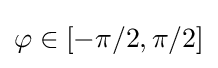
\varphi \in [-\pi /2,\pi /2]